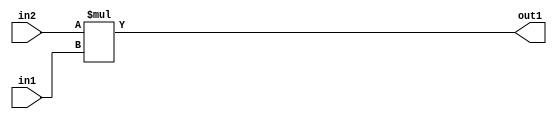
`timescale 1ps / 1ps
/*****************************************************************************
    Verilog RTL Description
    
    
    Created by: Stratus DpOpt 2019.1.01 
*******************************************************************************/

module DC_Filter_Mul_9Ux2U_11U_4 (
	in2,
	in1,
	out1
	); /* architecture "behavioural" */ 
input [8:0] in2;
input [1:0] in1;
output [10:0] out1;
wire [10:0] asc001;

assign asc001 = 
	+(in2 * in1);

assign out1 = asc001;
endmodule

/* CADENCE  ubD1Qww= : u9/ySgnWtBlWxVPRXgAZ4Og= ** DO NOT EDIT THIS LINE ******/